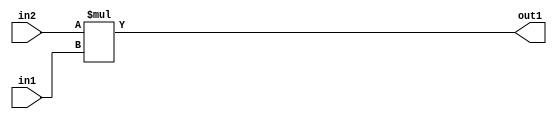
`timescale 1ps / 1ps
/*****************************************************************************
    Verilog RTL Description
    
    
    Created by: Stratus DpOpt 2019.1.01 
*******************************************************************************/

module DC_Filter_Mul_9Ux2U_11U_4 (
	in2,
	in1,
	out1
	); /* architecture "behavioural" */ 
input [8:0] in2;
input [1:0] in1;
output [10:0] out1;
wire [10:0] asc001;

assign asc001 = 
	+(in2 * in1);

assign out1 = asc001;
endmodule

/* CADENCE  ubD1Qww= : u9/ySgnWtBlWxVPRXgAZ4Og= ** DO NOT EDIT THIS LINE ******/